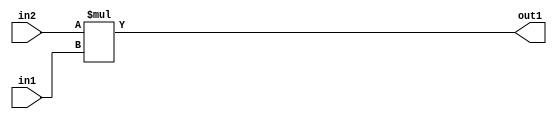
`timescale 1ps / 1ps
/*****************************************************************************
    Verilog RTL Description
    
    
    Created by: Stratus DpOpt 2019.1.01 
*******************************************************************************/

module DC_Filter_Mul_9Ux2U_11U_4 (
	in2,
	in1,
	out1
	); /* architecture "behavioural" */ 
input [8:0] in2;
input [1:0] in1;
output [10:0] out1;
wire [10:0] asc001;

assign asc001 = 
	+(in2 * in1);

assign out1 = asc001;
endmodule

/* CADENCE  ubD1Qww= : u9/ySgnWtBlWxVPRXgAZ4Og= ** DO NOT EDIT THIS LINE ******/